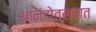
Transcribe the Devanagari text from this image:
आनंदोत्सवात